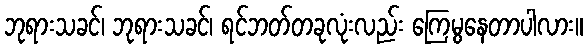
ဘုရားသခင်၊ ဘုရားသခင်၊ ရင်ဘတ်တခုလုံးလည်း ကြေမွနေတာပါလား။